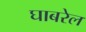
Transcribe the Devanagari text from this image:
घाबरेल